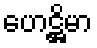
ဟေဋ္ဌိမာ